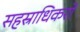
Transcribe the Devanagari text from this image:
सहस्राधिकरों